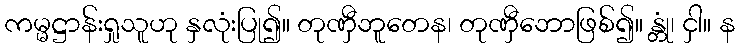
ကမ္မဋ္ဌာန်းရှုသူဟု နှလုံးပြု၍။ တုဏှီဘူတေန၊ တုဏှီဘောဖြစ်၍။ န္တုံ၊ ငှါ။ န